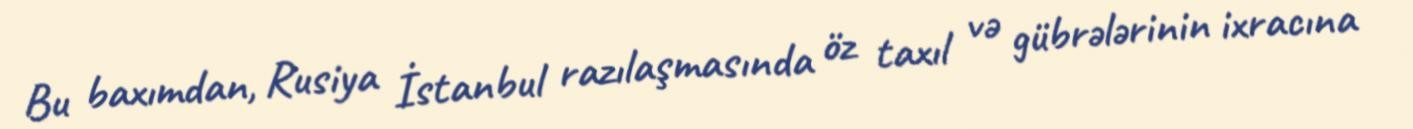
Bu baxımdan, Rusiya İstanbul razılaşmasında öz taxıl və gübrələrinin ixracına